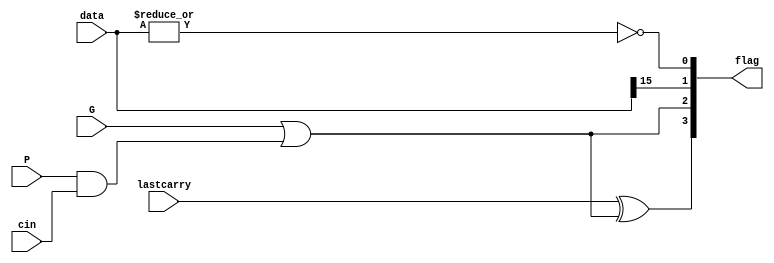
`ifndef STATUS_V
`define STATUS_V

module Status(data, cin, G, P, lastcarry, flag);

    parameter width = 16;
    
    input wire[width-1:0] data;
    input wire cin, G, P, lastcarry;
    output wire[3:0] flag;

    assign flag[0] = ~|data; //Z
    assign flag[1] = data[width-1]; //N
    assign flag[2] = G | (P&cin); //C
    assign flag[3] = lastcarry^flag[2]; //V

endmodule

`endif